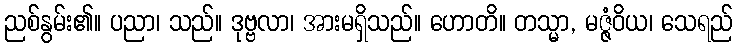
ညစ်နွမ်း၏။ ပညာ၊ သည်။ ဒုဗ္ဗလာ၊ အားမရှိသည်။ ဟောတိ။ တသ္မာ, မဇ္ဇံဝိယ၊ သေရည်